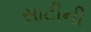
સાટીની